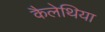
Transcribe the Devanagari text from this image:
कैलेथिया